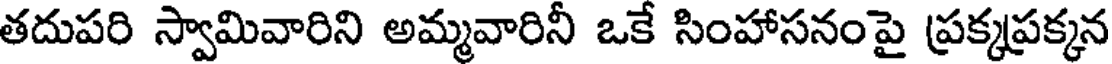
తదుపరి స్వామివారిని అమ్మవారినీ ఒకే సింహాసనంపై ప్రక్కప్రక్కన